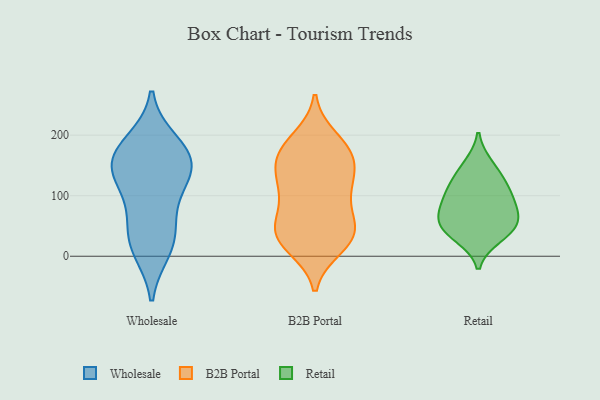
{"axis": {"x": "Demand Index", "y": "Value"}, "legend": ["B2B Portal", "Retail", "Wholesale"], "data": [{"x": "", "y": 176, "type": "Wholesale"}, {"x": "", "y": 138, "type": "Wholesale"}, {"x": "", "y": 159, "type": "Wholesale"}, {"x": "", "y": 142, "type": "Wholesale"}, {"x": "", "y": 114, "type": "Wholesale"}, {"x": "", "y": 188, "type": "Wholesale"}, {"x": "", "y": 21, "type": "Wholesale"}, {"x": "", "y": 38, "type": "Wholesale"}, {"x": "", "y": 11, "type": "Wholesale"}, {"x": "", "y": 75, "type": "Wholesale"}, {"x": "", "y": 157, "type": "Wholesale"}, {"x": "", "y": 172, "type": "B2B Portal"}, {"x": "", "y": 159, "type": "B2B Portal"}, {"x": "", "y": 47, "type": "B2B Portal"}, {"x": "", "y": 158, "type": "B2B Portal"}, {"x": "", "y": 102, "type": "B2B Portal"}, {"x": "", "y": 183, "type": "B2B Portal"}, {"x": "", "y": 194, "type": "B2B Portal"}, {"x": "", "y": 27, "type": "B2B Portal"}, {"x": "", "y": 22, "type": "B2B Portal"}, {"x": "", "y": 35, "type": "B2B Portal"}, {"x": "", "y": 40, "type": "B2B Portal"}, {"x": "", "y": 15, "type": "B2B Portal"}, {"x": "", "y": 125, "type": "B2B Portal"}, {"x": "", "y": 67, "type": "B2B Portal"}, {"x": "", "y": 124, "type": "B2B Portal"}, {"x": "", "y": 171, "type": "B2B Portal"}, {"x": "", "y": 48, "type": "B2B Portal"}, {"x": "", "y": 95, "type": "B2B Portal"}, {"x": "", "y": 129, "type": "B2B Portal"}, {"x": "", "y": 68, "type": "Retail"}, {"x": "", "y": 42, "type": "Retail"}, {"x": "", "y": 32, "type": "Retail"}, {"x": "", "y": 85, "type": "Retail"}, {"x": "", "y": 130, "type": "Retail"}, {"x": "", "y": 107, "type": "Retail"}, {"x": "", "y": 104, "type": "Retail"}, {"x": "", "y": 151, "type": "Retail"}, {"x": "", "y": 63, "type": "Retail"}, {"x": "", "y": 49, "type": "Retail"}]}